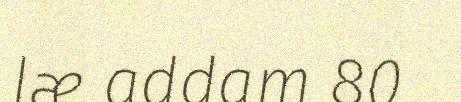
læ addam 80